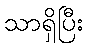
သာရှိပြီး